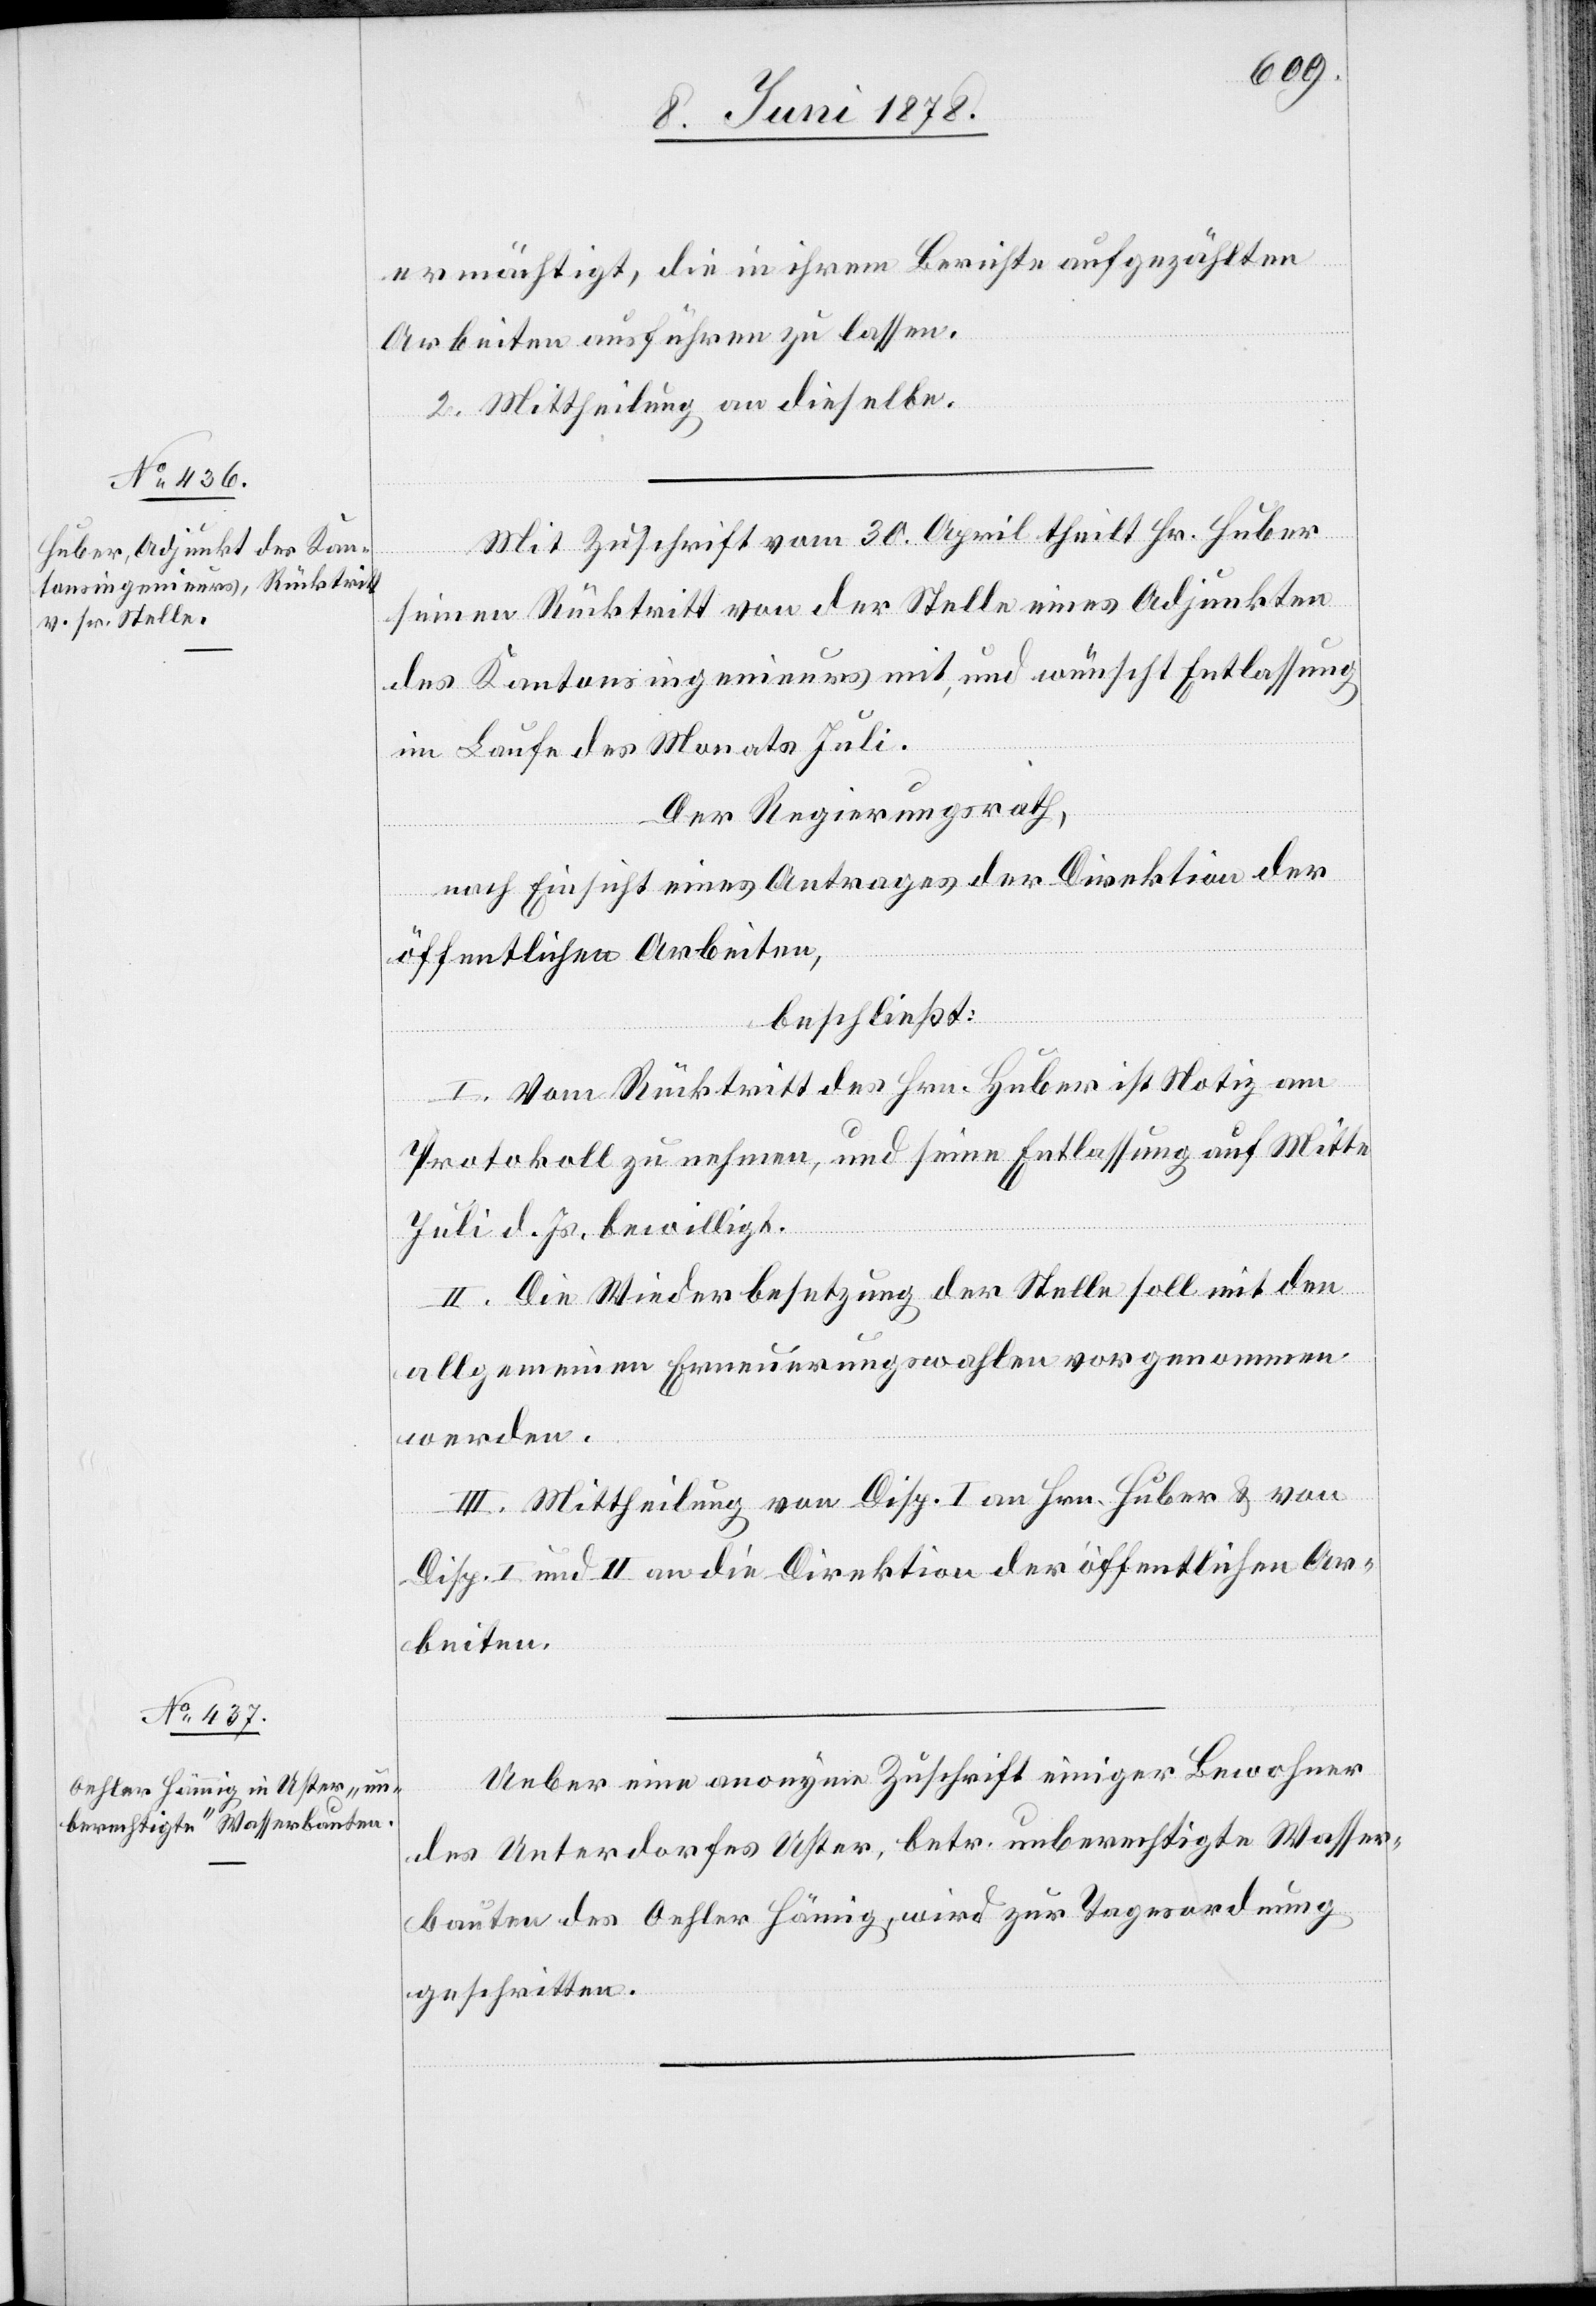
ermächtigt, die in ihrem Berichte aufgezählten
Arbeiten ausführen zu lassen.
2. Mittheilung an dieselbe.
Mit Zuschrift vom 30. April theilt Hr. Huber
seinen Rücktritt von der Stelle eines Adjunkten
des Kantonsingenieurs mit, und wünscht Entlassung
im Laufe des Monats Juli.
Der Regierungsrath,
nach Einsicht eines Antrages der Direktion der
öffentlichen Arbeiten,
beschließt:
I. Vom Rücktritt des Hrn. Huber ist Notiz am
Protokoll zu nehmen, und seine Entlassung auf Mitte
Juli d. Js. bewilligt.
II. Die Wiederbesetzung der Stelle soll mit den
allgemeinen Erneuerungswahlen vorgenommen
werden.
III. Mittheilung von Disp. I an Hrn. Huber & von
Disp. I und II an die Direktion der öffentlichen Ar¬
beiten.
Ueber eine anonyme Zuschrift einiger Bewohner
des Unterdorfes Uster, betr. unberechtigte Wasser¬
bauten des Oehler Hämig [sic!], wird zur Tagesordnung
geschritten.